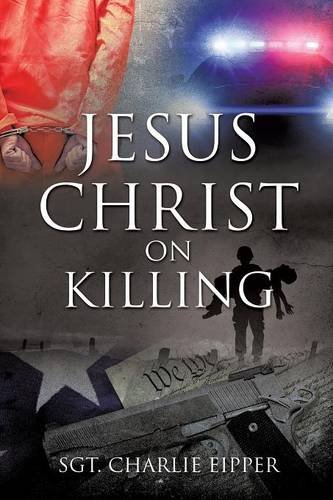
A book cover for Jesus Christ on Killing; Sgt Charlie Eipper; Biographies & Memoirs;